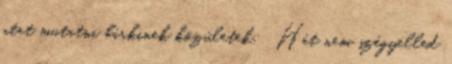
utat mutatni bárkinek közületek: Hát nem szégyelled